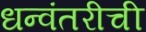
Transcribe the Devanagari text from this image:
धन्वंतरीची